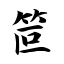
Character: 笸